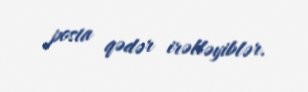
posta qədər irəlləyiblər.